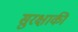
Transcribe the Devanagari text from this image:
सुरक्षाकी